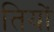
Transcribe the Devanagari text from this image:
तियों